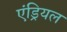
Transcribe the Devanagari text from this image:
एंड्रियल